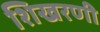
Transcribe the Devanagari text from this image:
शिखरणी